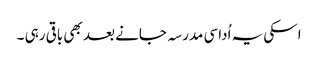
اسکی یہ اُداسی مدرسہ جانے بعد بھی باقی رہی ۔